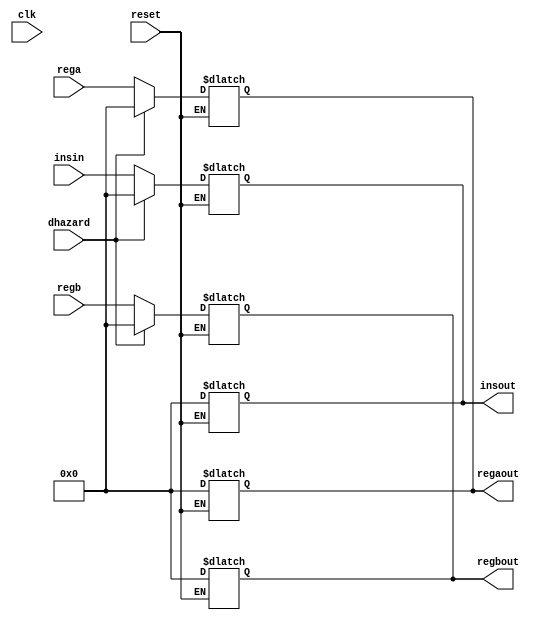
module executePipe(insout,regaout,regbout,insin,rega,regb,dhazard,clk,reset);
output reg [15:0]insout,regaout,regbout;
input [15:0]insin,rega,regb;
input dhazard,clk,reset;

always @(*)
begin
if(reset)
begin
insout<=16'd0;
regaout<=16'd0;
regbout<=16'd0;
end
end

always @(clk)
begin
if(!reset)
begin
if(dhazard)
begin
insout<=16'd0;//bubble (nop)
regaout<=16'd0;
regbout<=16'd0;
end
else
begin
insout<=insin;//normal op
regaout<=rega;
regbout<=regb;
end
end
end

endmodule